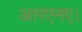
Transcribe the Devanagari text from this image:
आरएनए।